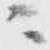
ニ